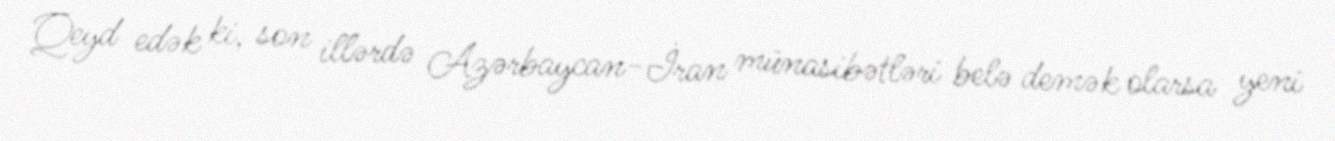
Qeyd edək ki, son illərdə Azərbaycan-İran münasibətləri belə demək olarsa yeni